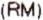
(RM)